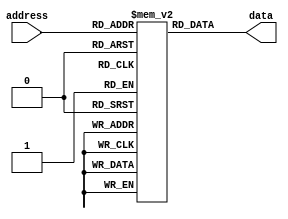
module fuse_rom (
    input wire [address_width-1:0] address,
    output reg [data_width-1:0] data
);

// Parameters
parameter block_size = 8; // Size of each memory block
parameter num_blocks = 4; // Number of memory blocks
parameter data_width = 8; // Width of data stored in each block
parameter address_width = $clog2(num_blocks*block_size); // Width of address

// Declare memory blocks
reg [data_width-1:0] memory [num_blocks*block_size-1:0];

// Initialize memory block data (example data)
initial begin
    memory[0] = 8'hFF;
    memory[1] = 8'hAA;
    memory[2] = 8'h55;
    memory[3] = 8'hF0;
    // Add more data initialization as needed
end

// Read operation
always @* begin
    data = memory[address];
end

endmodule